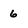
Character: 6